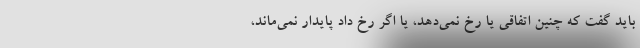
باید گفت که چنین اتفاقی یا رخ نمی‌دهد، یا اگر رخ داد پایدار نمی‌ماند،